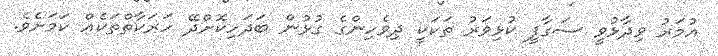
އުމަރު ވިދާޅުވީ ސަގާފީ ކުޅިވަރު ތަކަކީ ދިވެހިންގެ ގުޅުން ބަދަހިކޮށްދޭ ހަރަކާތްތަކެއް ކަމަށެވެ.